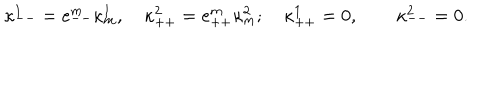
\kappa _ { -- } ^ { 1 } = e _ { -- } ^ { m } \kappa _ { m } ^ { 1 } , \quad \kappa _ { + + } ^ { 2 } = e _ { + + } ^ { m } \kappa _ { m } ^ { 2 } ; \quad \kappa _ { + + } ^ { 1 } = 0 , \quad \quad \kappa _ { -- } ^ { 2 } = 0 .